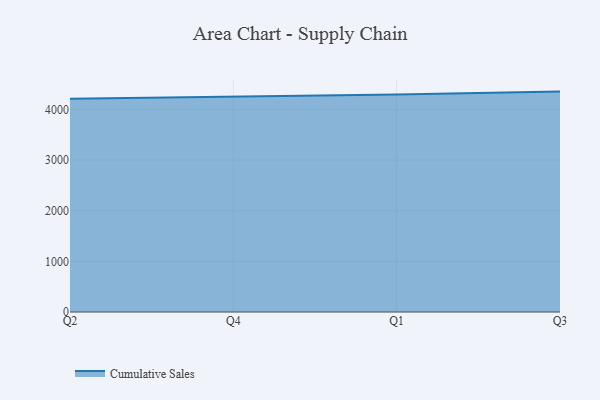
{"axis": {"x": "Quarter", "y": "Latency (ms)"}, "legend": ["Cumulative Sales"], "data": [{"x": "Q2", "y": 4209.6, "type": "Cumulative Sales"}, {"x": "Q4", "y": 4249.3, "type": "Cumulative Sales"}, {"x": "Q1", "y": 4294.9, "type": "Cumulative Sales"}, {"x": "Q3", "y": 4351.9, "type": "Cumulative Sales"}]}